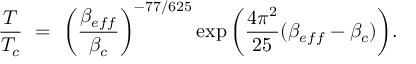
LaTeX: { \frac { T } { T _ { c } } } ~ = ~ { \left( \frac { { \beta } _ { e f f } } { \beta _ { c } } \right) } ^ { - 7 7 / 6 2 5 } \exp { \left( { \frac { 4 \pi ^ { 2 } } { 2 5 } } ( \beta _ { e f f } - \beta _ { c } ) \right) } .